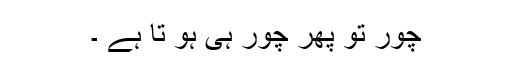
چور تو پھر چور ہی ہو تا ہے ۔